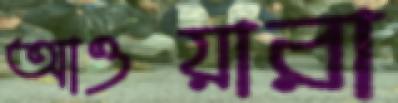
আওয়ারা